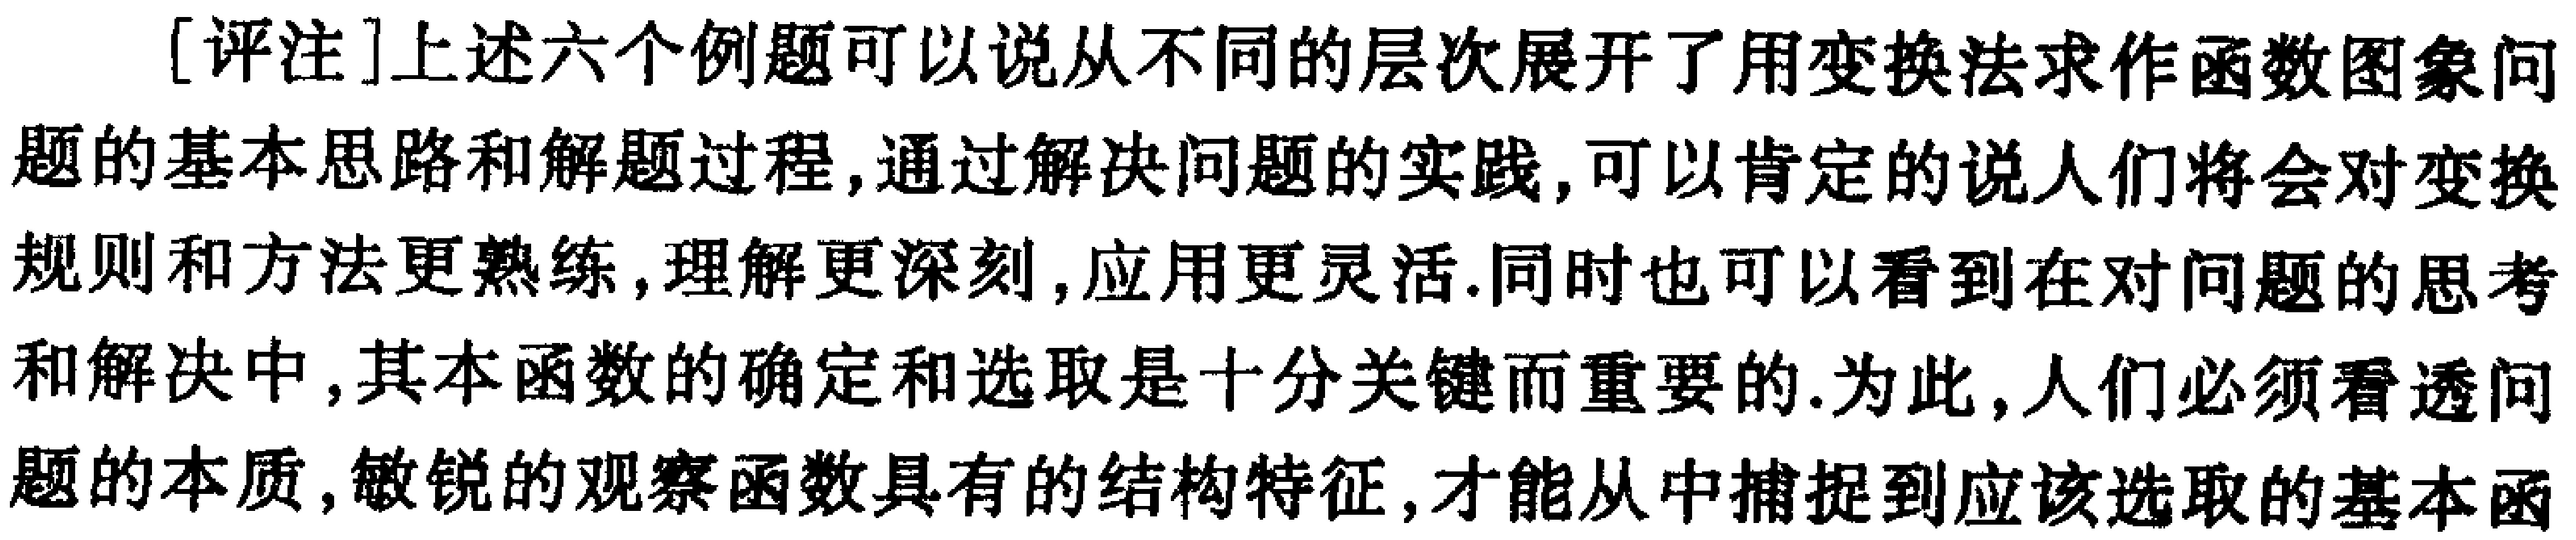
[评注]上述六个例题可以说从不同的层次展开了用变换法求作函数图象问题的基本思路和解题过程,通过解决问题的实践,可以肯定的说人们将会对变换规则和方法更熟练,理解更深刻,应用更灵活.同时也可以看到在对问题的思考和解决中,其本函数的确定和选取是十分关键而重要的.为此,人们必须看透问题的本质,敏锐的观察函数具有的结构特征,才能从中捕捉到应该选取的基本函